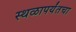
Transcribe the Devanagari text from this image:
स्थळापर्यंतचा